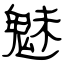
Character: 魅